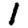
Digit: 1